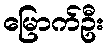
မြောက်ဦး